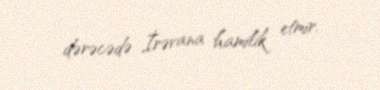
dərəcədə İrəvana hamilik etmir.